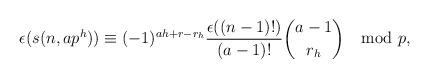
LaTeX: \begin{align*}\epsilon(s(n,ap^h)) \equiv (-1)^{ah+r-r_h} \frac{\epsilon((n-1)!)}{(a-1)!} \binom{a-1}{r_h} \mod p,\end{align*}